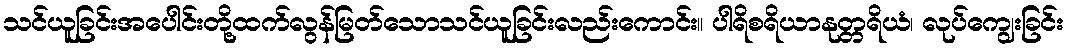
သင်ယူခြင်းအပေါင်းတို့ထက်လွန်မြတ်သောသင်ယူခြင်းလည်းကောင်း။ ပါရိစရိယာနုတ္တရိယံ၊ လုပ်ကျွေးခြင်း